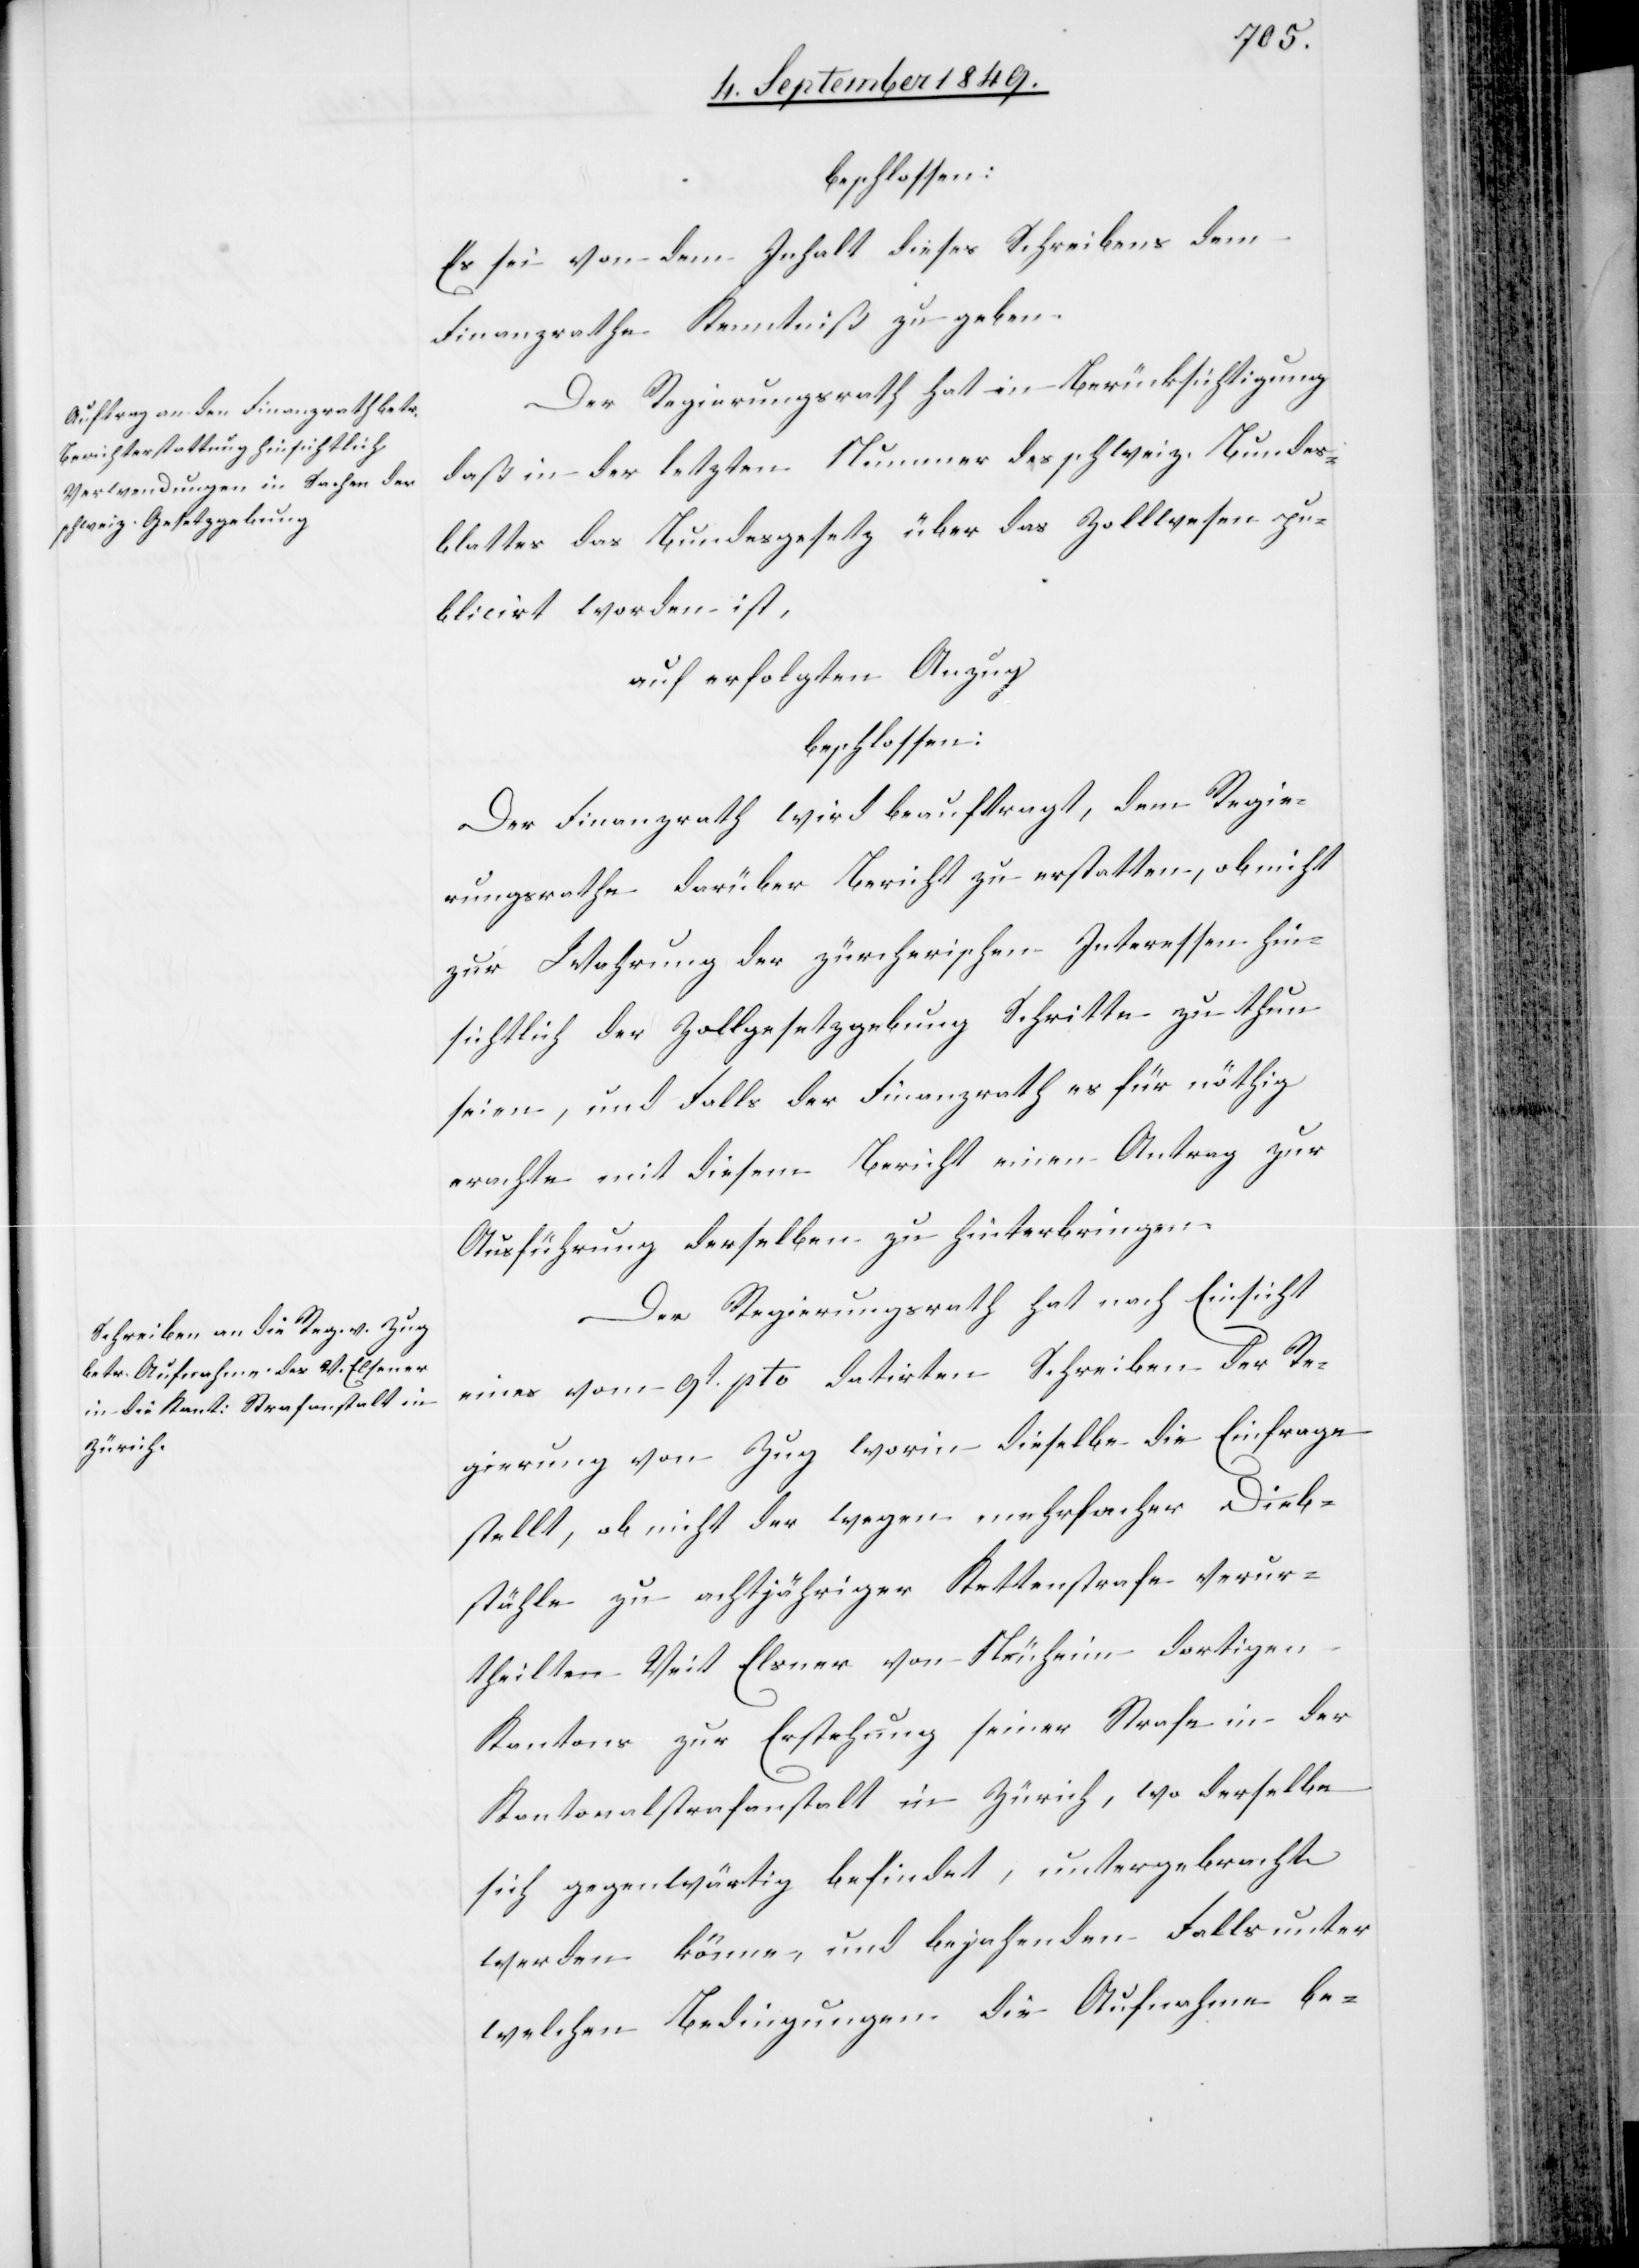
beschlossen:
Es sei von dem Inhalt dieses Schreibens dem
Finanzrathe Kenntniß zu geben.
Der Regierungsrath hat in Berücksichtigung
daß in der letzten Nummer des schweiz. Bundes¬
blattes das Bundesgesetz über das Zollwesen pu¬
blicirt worden ist,
auf erfolgten Anzug
beschlossen:
Der Finanzrath wird beauftragt, dem Regie¬
rungsrathe darüber Bericht zu erstatten, ob nicht
zur Wahrung der zürcherischen Interessen hin¬
sichtlich der Zollgesetzgebung Schritte zu thun
seien, und Falls der Finanzrath es für nöthig
erachte mit diesem Bericht einen Antrag zur
Ausführung derselben zu hinterbringen.
Der Regierungsrath hat nach Einsicht
eines vom 9t pto datirten Schreiben der Re¬
gierung von Zug worin dieselbe die Einfrage
stellt, ob nicht der wegen mehrfacher Dieb¬
stähle zu achtjähriger Kettenstrafe verur¬
theilte Veit Elsner von Neuheim dortigen
Kantons zur Erstehung seiner Strafe in der
Kantonalstrafanstalt in Zürich, wo derselbe
sich gegenwärtig befindet, untergebracht
werden könne, und bejahenden Falls unter
welchen Bedingungen die Aufnahme be-